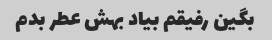
بگین رفیقم بیاد بهش عطر بدم